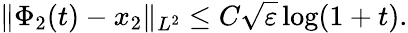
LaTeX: \| \Phi_{2}(t)-x_{2}\| _{L^{2}}\leq C\sqrt{\varepsilon}\log(1+t).